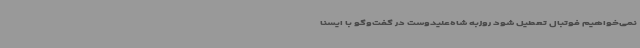
نمی‌خواهیم فوتبال تعطیل شود روزبه شاه‌علیدوست در گفت‌وگو با ایسنا